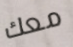
معك